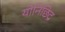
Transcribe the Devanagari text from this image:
योनिछिद्र